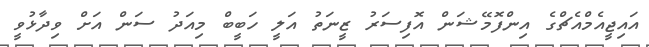
އައިޖީއެމްއެޗްގެ އިންފޮމޭޝަން އޮފިސަރު ޒީނަތު އަލީ ހަބީބް މިއަދު ސަން އަށް ވިދާޅުވީ